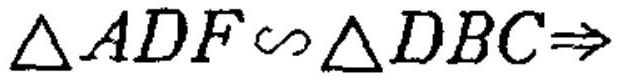
\(\triangle ADF\sim\triangle DBC\Rightarrow\)